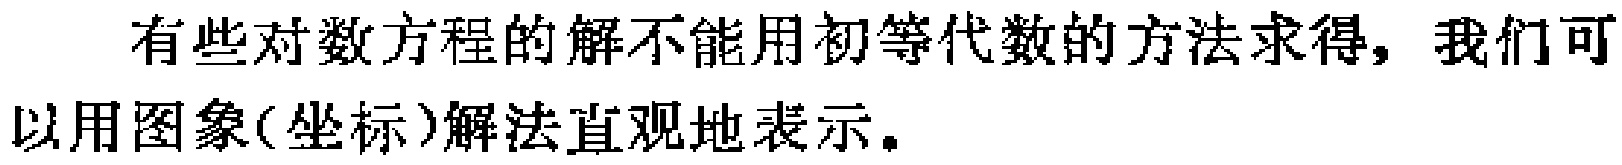
有些对数方程的解不能用初等代数的方法求得，我们可以用图象(坐标)解法直观地表示。